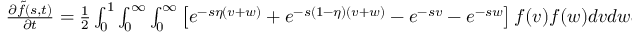
\begin{array} { r } { \begin{array} { r } { \frac { \partial \Tilde { f } ( s , t ) } { \partial t } = \frac { 1 } { 2 } \int _ { 0 } ^ { 1 } \int _ { 0 } ^ { \infty } \int _ { 0 } ^ { \infty } \left[ e ^ { - s \eta ( v + w ) } + e ^ { - s ( 1 - \eta ) ( v + w ) } - e ^ { - s v } - e ^ { - s w } \right] f ( v ) f ( w ) d v d w d \eta . } \end{array} } \end{array}